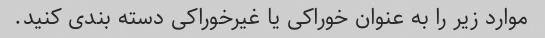
موارد زیر را به عنوان خوراکی یا غیرخوراکی دسته بندی کنید.